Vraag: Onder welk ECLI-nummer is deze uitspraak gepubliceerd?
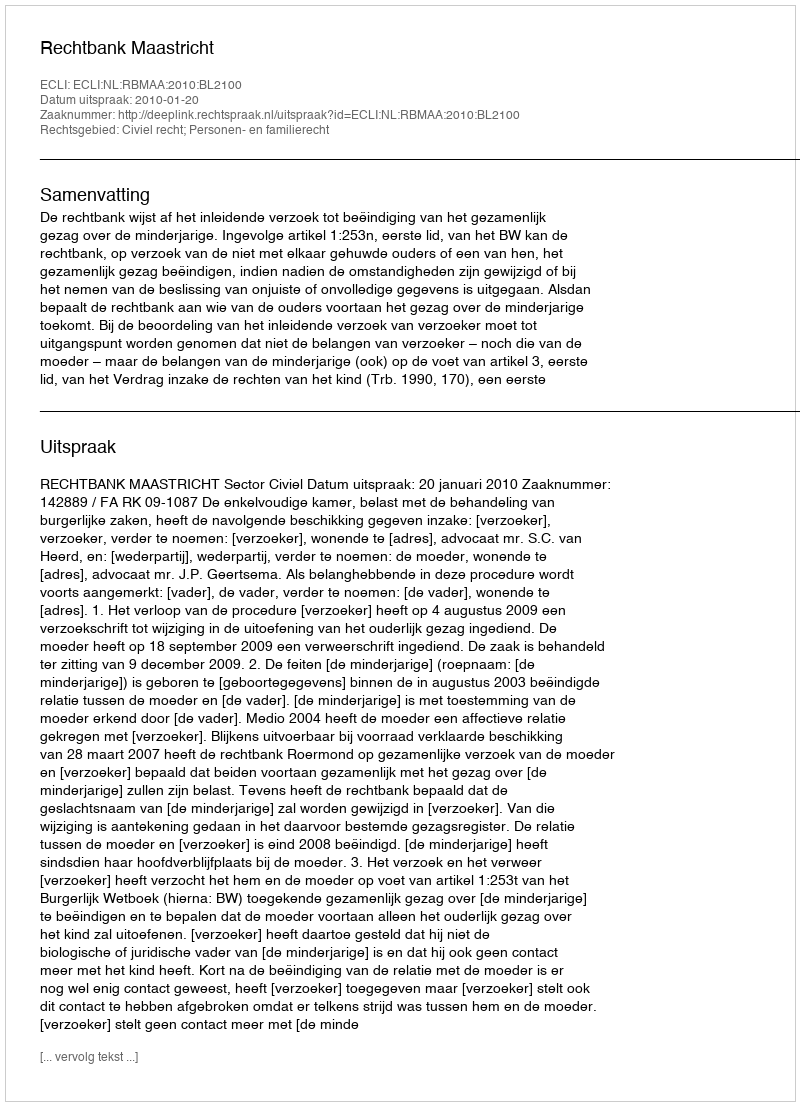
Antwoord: ECLI:NL:RBMAA:2010:BL2100